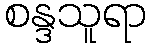
စန္ဒသူရာ